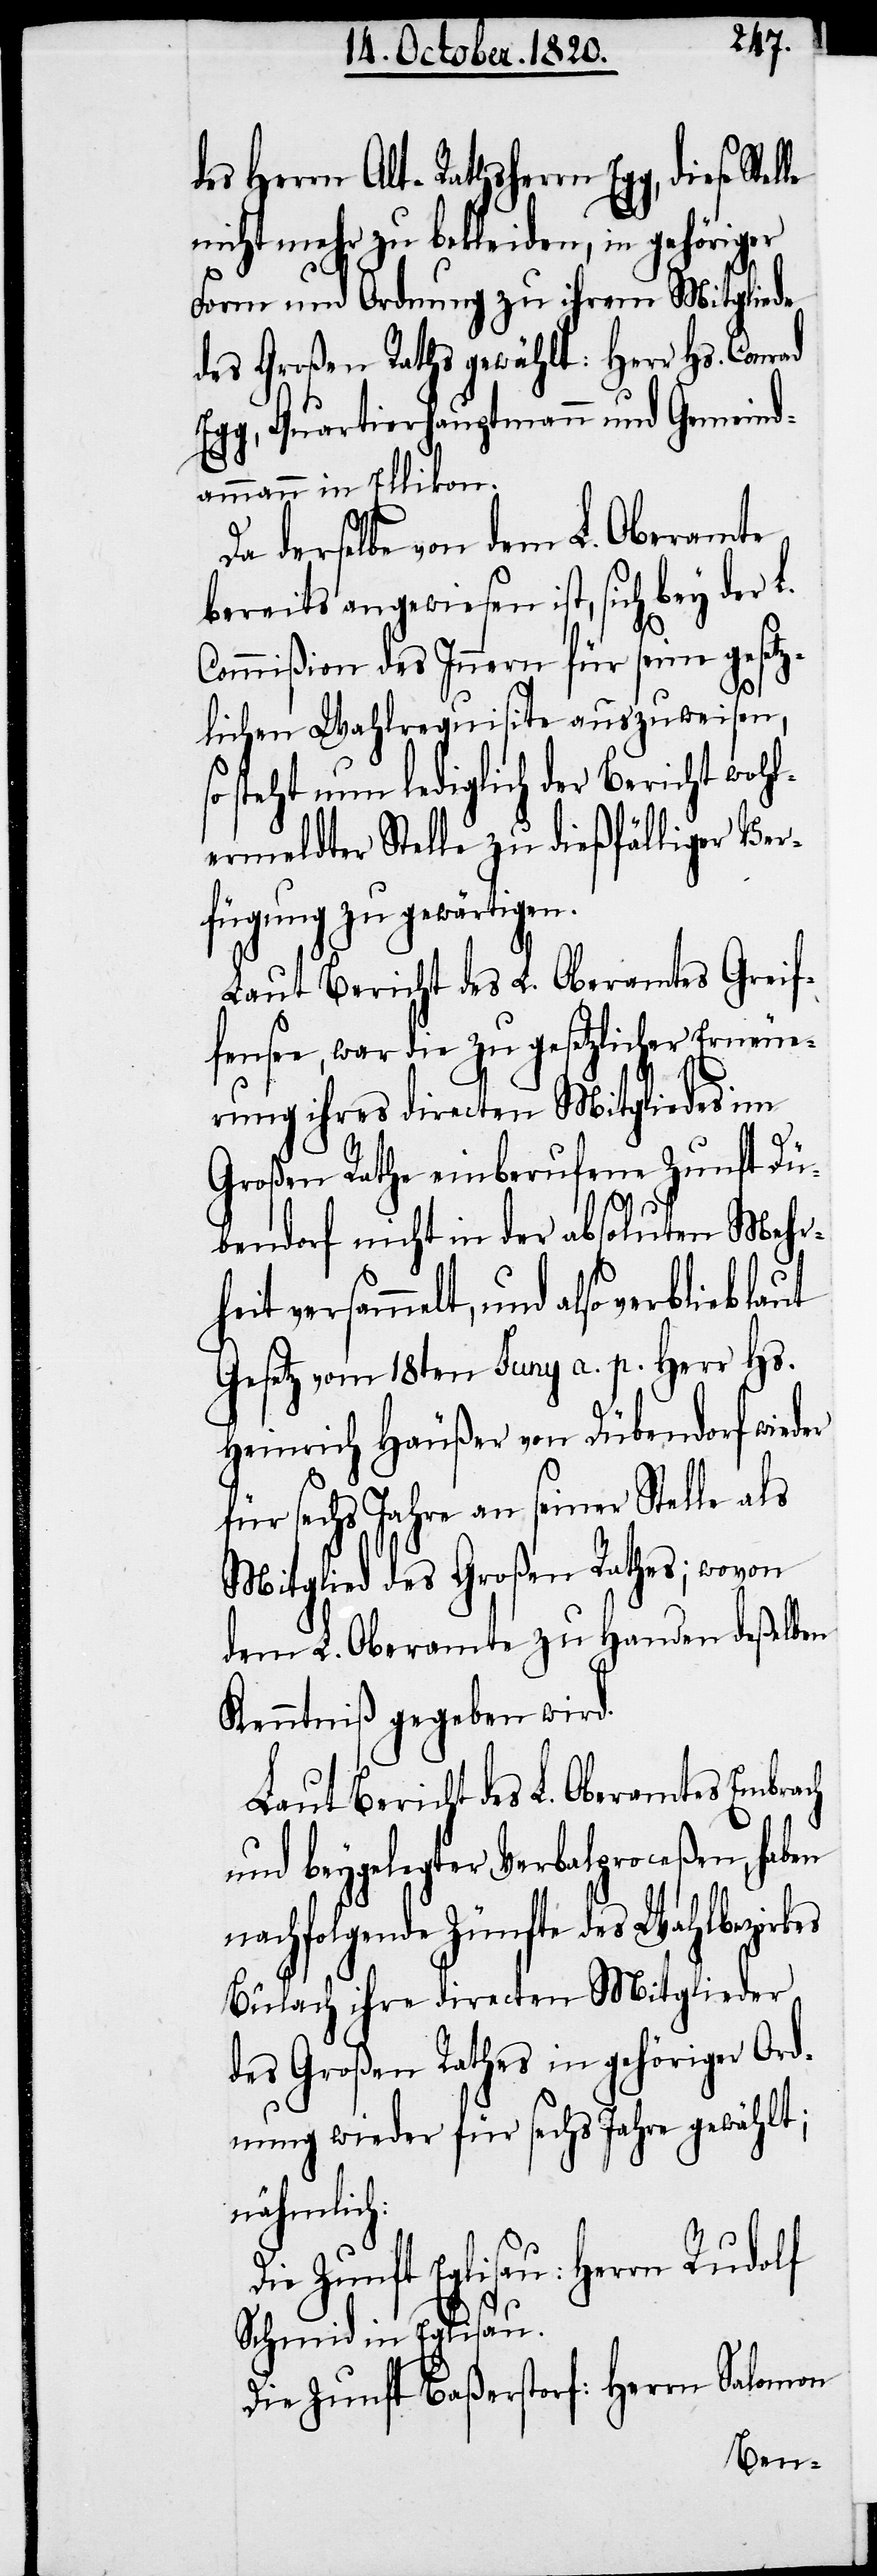
des Herrn Alt-Rathsherrn Egg, diese
nicht mehr zu bekleiden, in gehöriger
Form und Ordnung zu ihrem Mitgliede
des Großen Raths gewählt: Herr Hs.
Egg, Quartierhauptmann und Gemeind¬
ammann in Ellikon.
Da derselbe von dem L. Oberamte
bereits angewiesen ist, sich bey der L.
Commißion des Innern für seine gesetz¬
lichen Wahlrequisite auszuweisen,
steht nun lediglich der Bericht wohl¬
ermeldter Stelle zu dießfälliger Ver¬
fügung zu gewärtigen.
Laut Bericht des L. Oberamtes Greif¬
fensee, war die zu gesetzlicher Erneue¬
rung ihres directen Mitgliedes im
großen Rathe einberufenen Zunft Dü¬
bendorf nicht in der absoluten Mehr¬
heit versammelt, und also verblieb
Gesetz vom 18ten Juny a. p. Herr Hs.
Heinrich Häußer von Dübendorf wieder
für sechs Jahre an seiner Stelle als
Mitglied des Großen Rathes; wovon
dem L. Oberamte zu Handen deßelben
Kenntniß gegeben wird.
Laut Bericht des L. Oberamtes Embrach
und beygelegter Verbalproceßen, haben
nachfolgende Zünfte des Wahlbezirkes
Bülach ihre directen Mitglieder
des Großen Rathes in gehöriger Ord¬
nung wieder für sechs Jahre gewählt;
nähmlich:
Die Zunft Eglisau: Herrn Rudolf
Schmid in Eglisau.
Die Zunft Baßerstorf: Herr Salomon